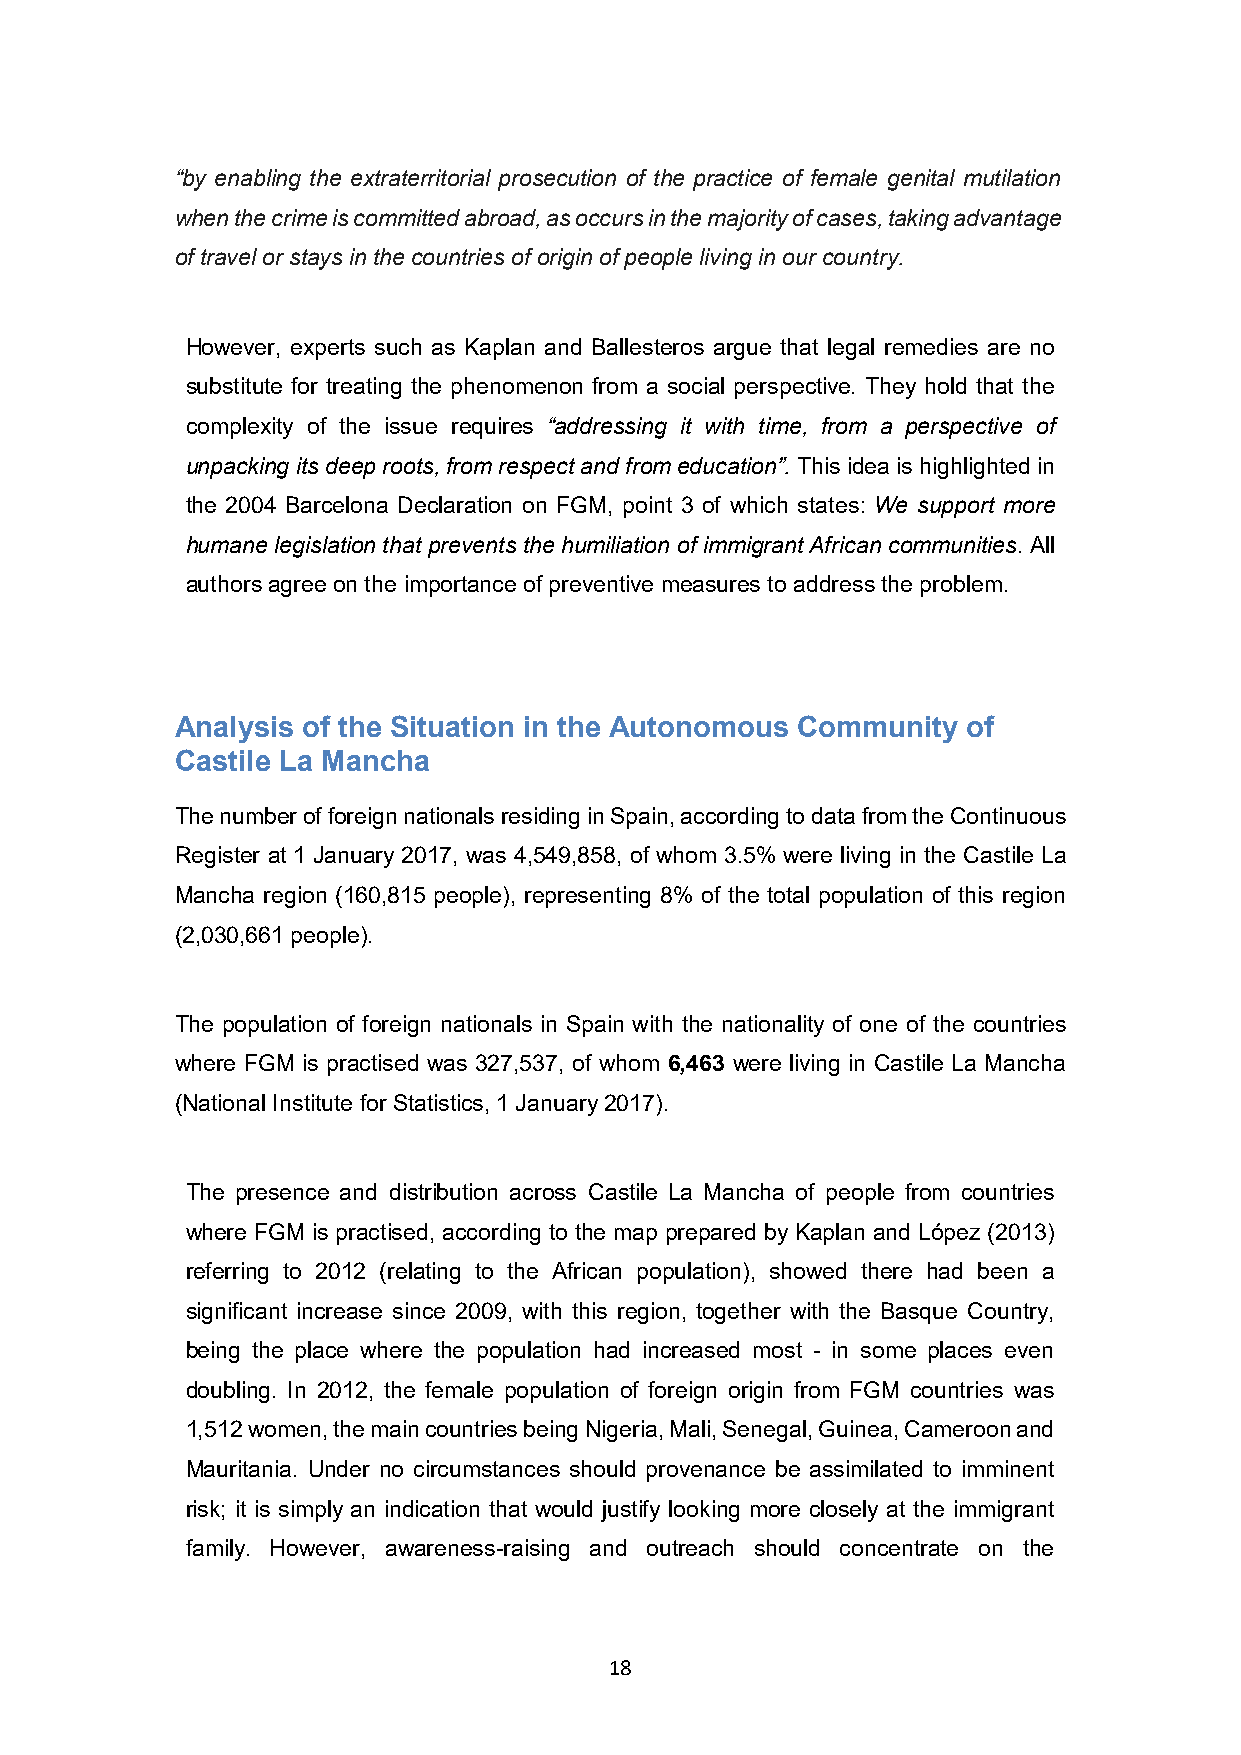
“by enabling the extraterritorial prosecution of the practice of female genital mutilation
 when the crime is committed abroad, as occurs in the majority of cases, taking advantage
 of travel or stays in the countries of origin of people living in our country.
 However, experts such as Kaplan and Ballesteros argue that legal remedies are no
 substitute for treating the phenomenon from a social perspective. They hold that the
 complexity of the issue requires “addressing it with time, from a perspective of
 unpacking its deep roots, from respect and from education”. This idea is highlighted in
 the 2004 Barcelona Declaration on FGM, point 3 of which states: We support more
 humane legislation that prevents the humiliation of immigrant African communities. All
 authors agree on the importance of preventive measures to address the problem.
 Analysis of the Situation in the Autonomous Community of
 Castile La Mancha
 The number of foreign nationals residing in Spain, according to data from the Continuous
 Register at 1 January 2017, was 4,549,858, of whom 3.5% were living in the Castile La
 Mancha region (160,815 people), representing 8% of the total population of this region
 (2,030,661 people).
 The population of foreign nationals in Spain with the nationality of one of the countries
 where FGM is practised was 327,537, of whom 6,463 were living in Castile La Mancha
 (National Institute for Statistics, 1 January 2017).
 The presence and distribution across Castile La Mancha of people from countries
 where FGM is practised, according to the map prepared by Kaplan and López (2013)
 referring to 2012 (relating to the African population), showed there had been a
 significant increase since 2009, with this region, together with the Basque Country,
 being the place where the population had increased most - in some places even
 doubling. In 2012, the female population of foreign origin from FGM countries was
 1,512 women, the main countries being Nigeria, Mali, Senegal, Guinea, Cameroon and
 Mauritania. Under no circumstances should provenance be assimilated to imminent
 risk; it is simply an indication that would justify looking more closely at the immigrant
 family. However, awareness-raising and outreach should concentrate on the
 18